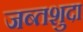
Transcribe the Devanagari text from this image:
जब्तशुदा